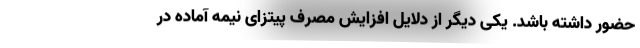
حضور داشته باشد. یکی دیگر از دلایل افزایش مصرف پیتزای نیمه آماده در